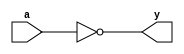
//Inverter
module _inv(a, y);
	input a;
	output y;
	assign y = ~a;
endmodule

//2-to-1 nand gate
module _nand2(a, b, y);
	input a, b;
	output y;
	assign y = ~(a & b);
endmodule

//2-to-1 and gate
module _and2(a, b, y);
	input a, b;
	output y;
	assign y = a & b;
endmodule

//2-to-1 or gate
module _or2(a, b, y);
	input a, b;
	output y;
	assign y = a | b;
endmodule

//2-to-1 xor gate
module _xor2(a, b, y);
	input a, b;
	output y;
	wire inv_a, inv_b;
	wire w0, w1;
	_inv U0_inv(.a(a), .y(inv_a));
	_inv U1_inv(.a(b), .y(inv_b));
	_and2 U2_and2(.a(inv_a), .b(b), .y(w0));
	_and2 U3_and2(.a(inv_b), .b(a), .y(w1));
	_or2 U4_or2(.a(w0), .b(w1), .y(y));
endmodule

//3-to-1 and gate
module _and3(a, b, c, y);
	input a, b, c;
	output y;
	assign y = a & b & c;
endmodule

//4-to-1 and gate
module _and4(a, b, c, d, y);
	input a, b, c, d;
	output y;
	assign y = a & b & c & d;
endmodule

//5-to-1 and gate
module _and5(a, b, c, d, e, y);
	input a, b, c, d, e;
	output y;
	assign y = a & b & c & d & e;
endmodule

//3-to-1 or gate
module _or3(a, b, c, y);
	input a, b, c;
	output y;
	assign y = a | b | c;
endmodule

//4-to-1 or gate
module _or4(a, b, c, d, y);
	input a, b, c, d;
	output y;
	assign y = a | b | c | d;
endmodule

//5-to-1 or gate
module _or5(a, b, c, d, e, y);
	input a, b, c, d, e;
	output y;
	assign y = a | b | c | d | e;
endmodule